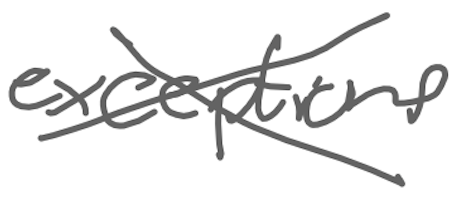
Text: exceptions
Cross-out: cross
Writing tool: digital_gray